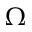
\Omega